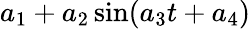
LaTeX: a_{1}+a_{2}\sin(a_{3}t+a_{4})